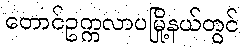
တောင်ဥက္ကလာပမြို့နယ်တွင်